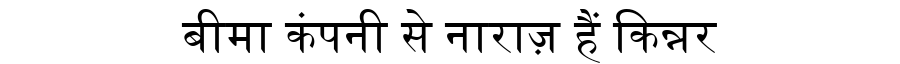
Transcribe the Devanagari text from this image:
बीमा कंपनी से नाराज़ हैं किन्नर